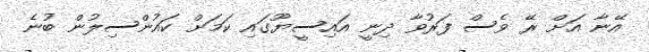
އޭނާ އަށް ރޭ ވެސް ފަރުވާ ދިނީ އައިސީޔޫގައި ކަމަށް ކައުންސިލުން ބުނެ